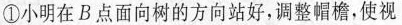
①小明在B点面向树的方向站好，调整帽檐，使视